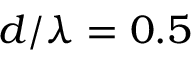
d / \lambda = 0 . 5